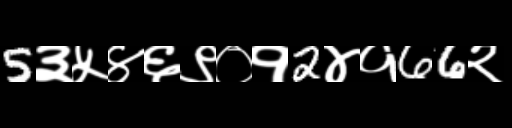
Text: 5३५४६९०१2४१66२